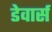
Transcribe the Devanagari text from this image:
डेवार्स